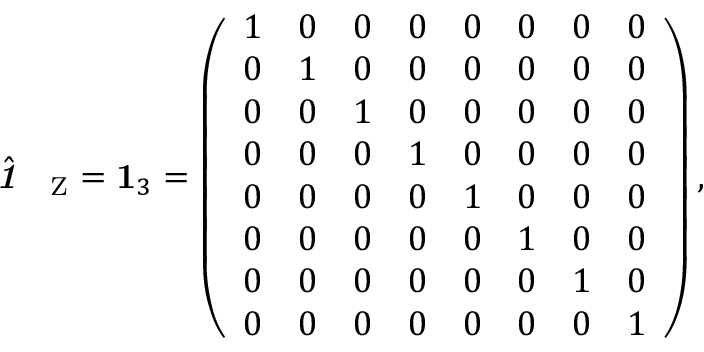
\hat { \textbf { \textit { 1 } } \, } _ { \mathrm Z } = \mathbf { 1 } _ { 3 } = \left( \begin{array} { l l l l l l l l } { 1 } & { 0 } & { 0 } & { 0 } & { 0 } & { 0 } & { 0 } & { 0 } \\ { 0 } & { 1 } & { 0 } & { 0 } & { 0 } & { 0 } & { 0 } & { 0 } \\ { 0 } & { 0 } & { 1 } & { 0 } & { 0 } & { 0 } & { 0 } & { 0 } \\ { 0 } & { 0 } & { 0 } & { 1 } & { 0 } & { 0 } & { 0 } & { 0 } \\ { 0 } & { 0 } & { 0 } & { 0 } & { 1 } & { 0 } & { 0 } & { 0 } \\ { 0 } & { 0 } & { 0 } & { 0 } & { 0 } & { 1 } & { 0 } & { 0 } \\ { 0 } & { 0 } & { 0 } & { 0 } & { 0 } & { 0 } & { 1 } & { 0 } \\ { 0 } & { 0 } & { 0 } & { 0 } & { 0 } & { 0 } & { 0 } & { 1 } \end{array} \right) ,